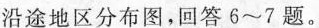
沿途地区分布图，回答6~7题。